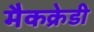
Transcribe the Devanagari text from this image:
मैकक्रेडी